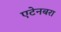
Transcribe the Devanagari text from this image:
एटेनबरा